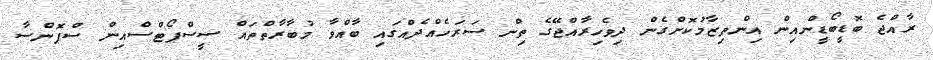
ރާއްޖެ ބޮޑީބޯޑީންއިން އިންތިޒާމުކޮށްގެން ދިވެހިރާއްޖޭގެ ތިން ސަރަހެއްދެއްގައި ބާއްވާ މުބާރާތްތައް ސީސްޕޯޓްސްއިން ސްޕޮންސާ